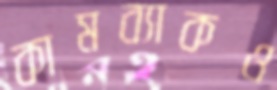
কামব্যাকও